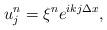
LaTeX: \begin{align*}u^n_j = \xi^n e^{ikj\Delta x},\end{align*}